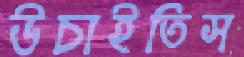
উচাইতিস